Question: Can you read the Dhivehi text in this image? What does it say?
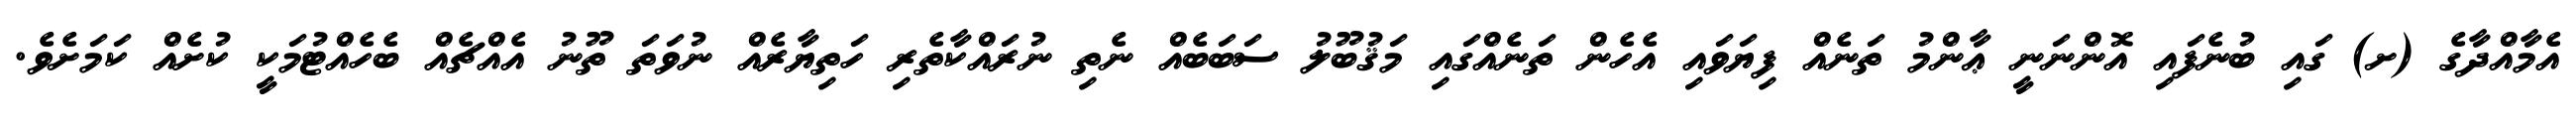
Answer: އެމާއްދާގެ (ށ) ގައި ބުނެފައި އޮންނަނީ ޢާންމު ތަނެއް ފިޔަވައި އެހެން ތަނެއްގައި މަޤުބޫލު ސަބަބެއް ނެތި ނުރައްކާތެރި ހަތިޔާރެއް ނުވަތަ ތޫނު އެއްޗެއް ބެހެއްޓުމަކީ ކުށެއް ކަމަށެވެ.